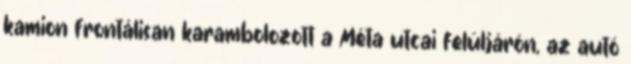
kamion frontálisan karambolozott a Méta utcai felüljárón, az autó